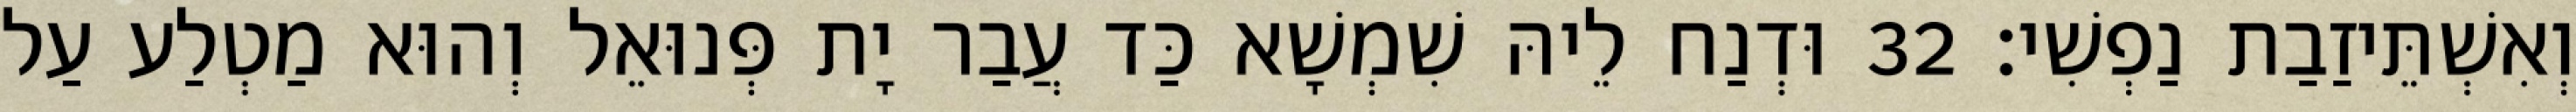
וְאִשְׁתֵּיזַבַת נַפְשִׁי׃ 32 וּדְנַח לֵיהּ שִׁמְשָׁא כַּד עֲבַר יָת פְּנוּאֵל וְהוּא מַטְלַע עַל